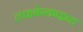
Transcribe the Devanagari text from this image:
लाइबेस्काइन्ड